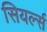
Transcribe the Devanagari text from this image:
सियर्ल्स